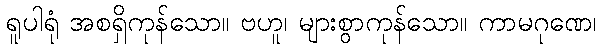
ရူပါရုံ အစရှိကုန်သော။ ဗဟူ၊ များစွာကုန်သော။ ကာမဂုဏေ၊